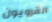
القرويون